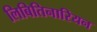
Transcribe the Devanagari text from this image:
लिबितिनारियन